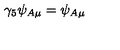
\gamma _ { 5 } \psi _ { A \mu } = \psi _ { A \mu }